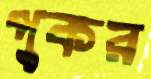
পুকর